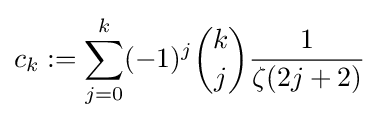
c_{k}:=\sum _{j=0}^{k}(-1)^{j}{\binom {k}{j}}{\frac {1}{\zeta (2j+2)}}